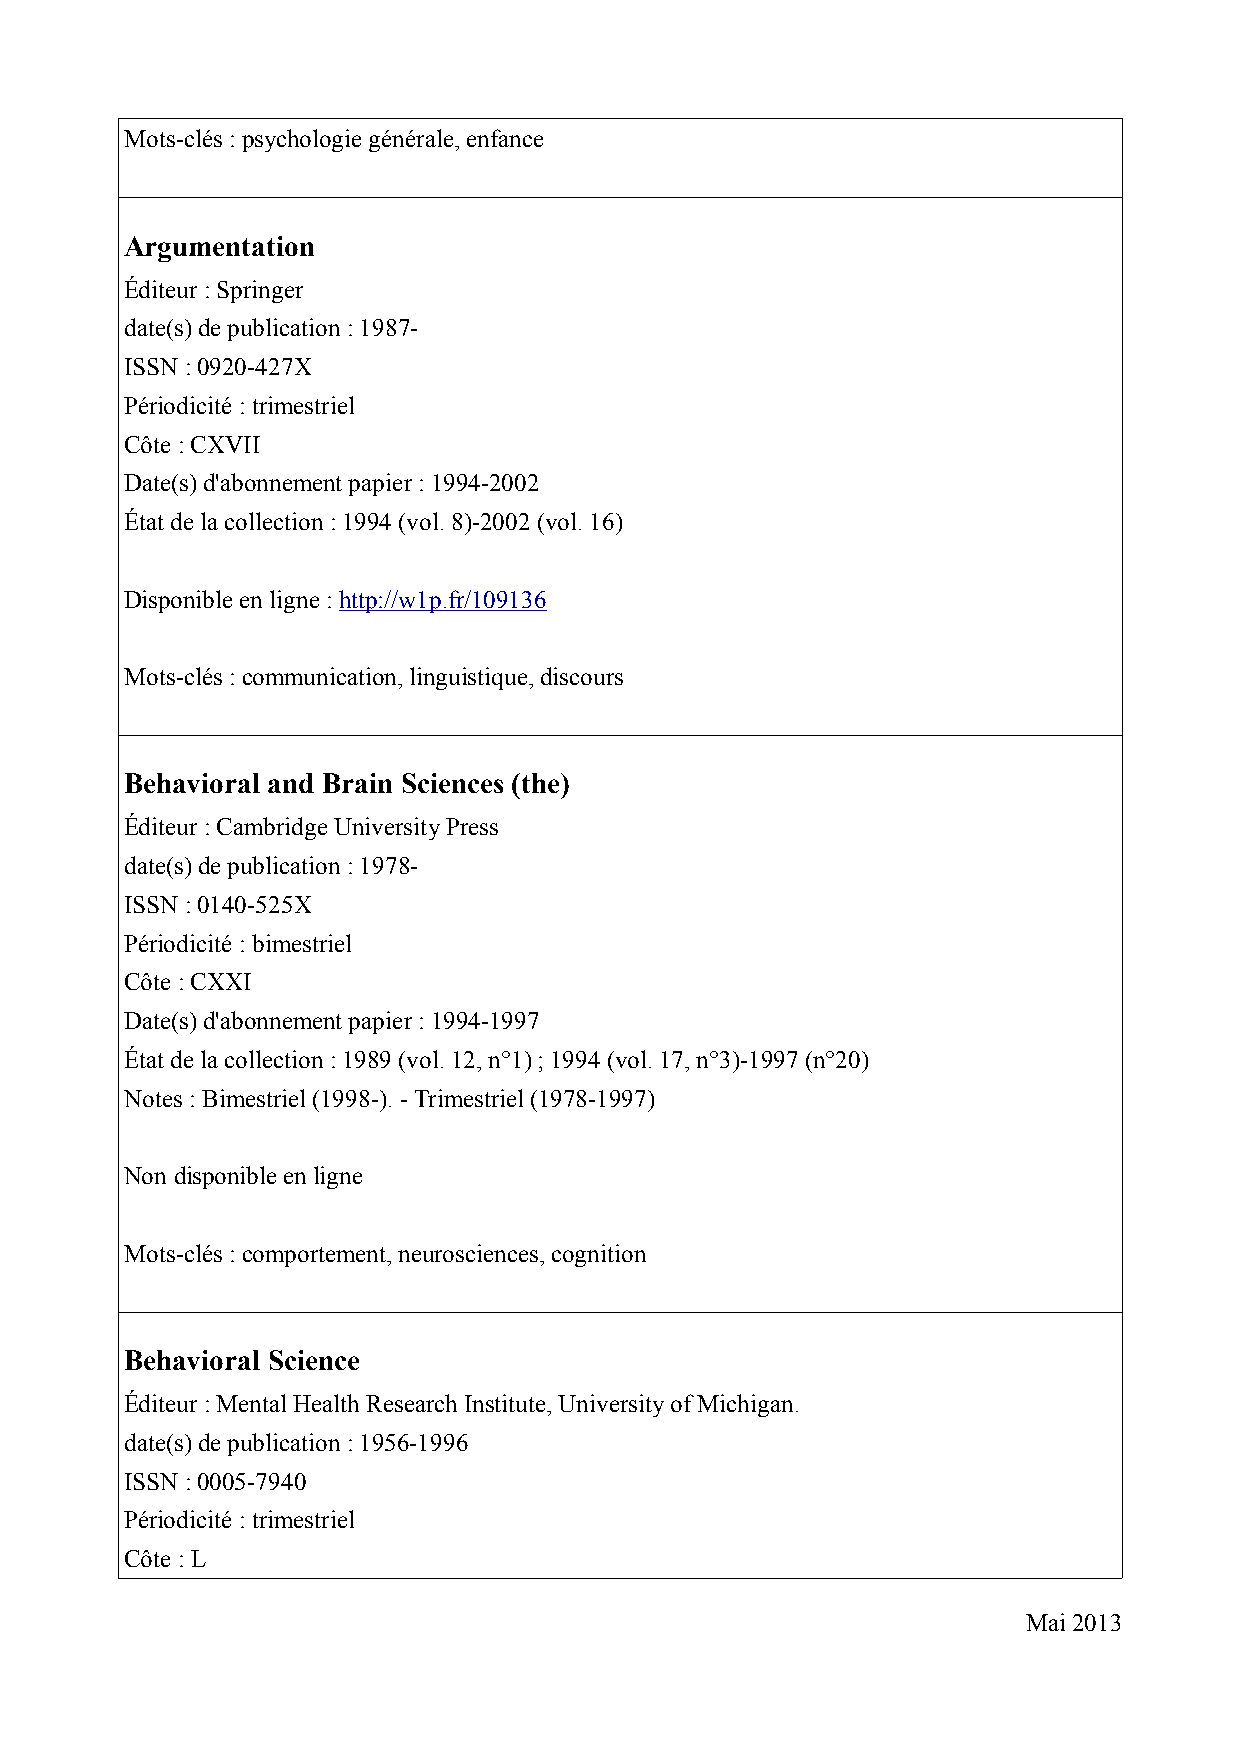
Mots-clés : psychologie générale, enfance
 Argumentation
 Éditeur : Springer
 date(s) de publication : 1987-
 ISSN : 0920-427X
 Périodicité : trimestriel
 Côte : CXVII
 Date(s) d'abonnement papier : 1994-2002
 État de la collection : 1994 (vol. 8)-2002 (vol. 16)
 Disponible en ligne : http://w1p.fr/109136
 Mots-clés : communication, linguistique, discours
 Behavioral and Brain Sciences (the)
 Éditeur : Cambridge University Press
 date(s) de publication : 1978-
 ISSN : 0140-525X
 Périodicité : bimestriel
 Côte : CXXI
 Date(s) d'abonnement papier : 1994-1997
 État de la collection : 1989 (vol. 12, n°1) ; 1994 (vol. 17, n°3)-1997 (n°20)
 Notes : Bimestriel (1998-). - Trimestriel (1978-1997)
 Non disponible en ligne
 Mots-clés : comportement, neurosciences, cognition
 Behavioral Science
 Éditeur : Mental Health Research Institute, University of Michigan.
 date(s) de publication : 1956-1996
 ISSN : 0005-7940
 Périodicité : trimestriel
 Côte : L
 Mai 2013